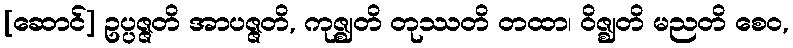
[ဆောင်] ဥပ္ပဇ္ဇတိ အာပဇ္ဇတိ, ကုဇ္ဈတိ တုဿတိ တထာ၊ ဝိဇ္ဈတိ မညတိ စေဝ,